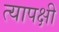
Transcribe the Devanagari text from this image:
त्यापक्षी